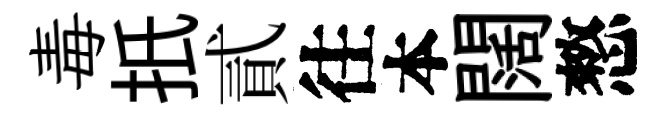
毒扺貳往本闊憗